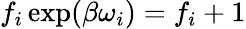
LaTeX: f_{i}\exp(\beta\omega_{i})=f_{i}+1